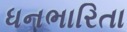
ધનભારિતા